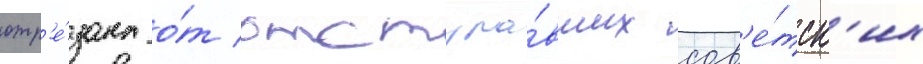
отр'е́зана о́т отступа́вших сов'е́тск'их